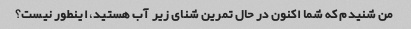
من شنیدم که شما اکنون در حال تمرین شنای زیر آب هستید، اینطور نیست؟